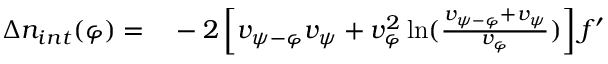
\begin{array} { r l } { \Delta n _ { i n t } ( \varphi ) = } & { { } - 2 \left[ v _ { { \psi } - \varphi } v _ { { \psi } } + v _ { \varphi } ^ { 2 } \ln ( { \frac { v _ { { \psi } - \varphi } + v _ { { \psi } } } { v _ { \varphi } } } ) \right] f ^ { \prime } } \end{array}